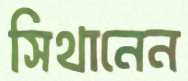
সিথানেন